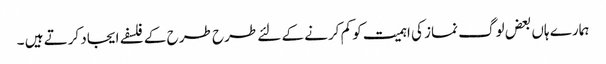
ہمارے ہاں بعض لوگ نماز کی اہمیت کو کم کرنے کے لئے طرح طرح کے فلسفے ایجاد کرتے ہیں ۔